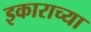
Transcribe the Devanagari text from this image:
इकाराच्या